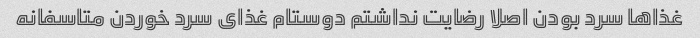
غذاها سرد بودن اصلا رضایت نداشتم دوستام غذای سرد خوردن متاسفانه